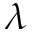
\lambda